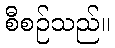
စီစဉ်သည်။